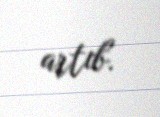
artıb.